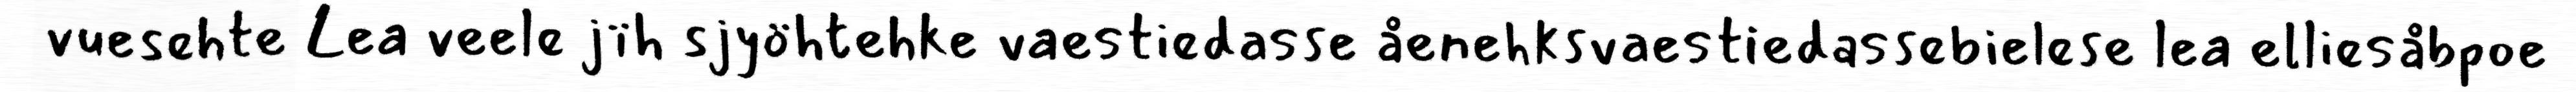
vuesehte Lea veele jïh sjyöhtehke vaestiedasse åenehksvaestiedassebielese lea elliesåbpoe